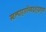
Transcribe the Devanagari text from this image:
स्वल्पाहारनिबद्धशुद्धवपुषां